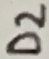
Text: D2